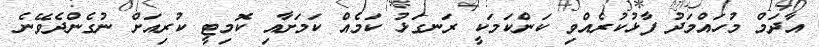
އާދަމް މުހައްމަދު ފާޅުކުރެއްވި ކަންކަމަކީ ރަނގަޅު ކަމެއް ކަމަށާއި ކޮމިޓީ ކުރިއަށް ނުގެންދެވޭނެ